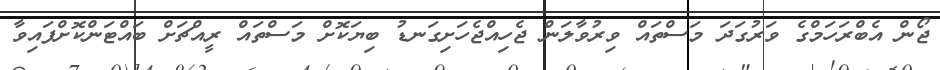
ޖޯން އެބްރަހަމްގެ ވަރުގަދަ މަސްތައް ވިރުވާލަން ޖެހިއްޖެހަށިގަނޑު ބިޔަކޮށް މަސްތައް ރީއްޗަށް ބައްޓަންކޮށްފައިވާ